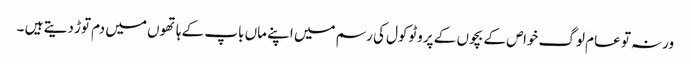
ورنہ تو عام لوگ خواص کے بچوں کے پروٹوکول کی رسم میں اپنے ماں باپ کے ہاتھوں میں دم توڑ دیتے ہیں ۔